Annual report of the Punjab Veterinary College and of the Civil Veterinary Department, Punjab - 1909-1919
Year: 1909
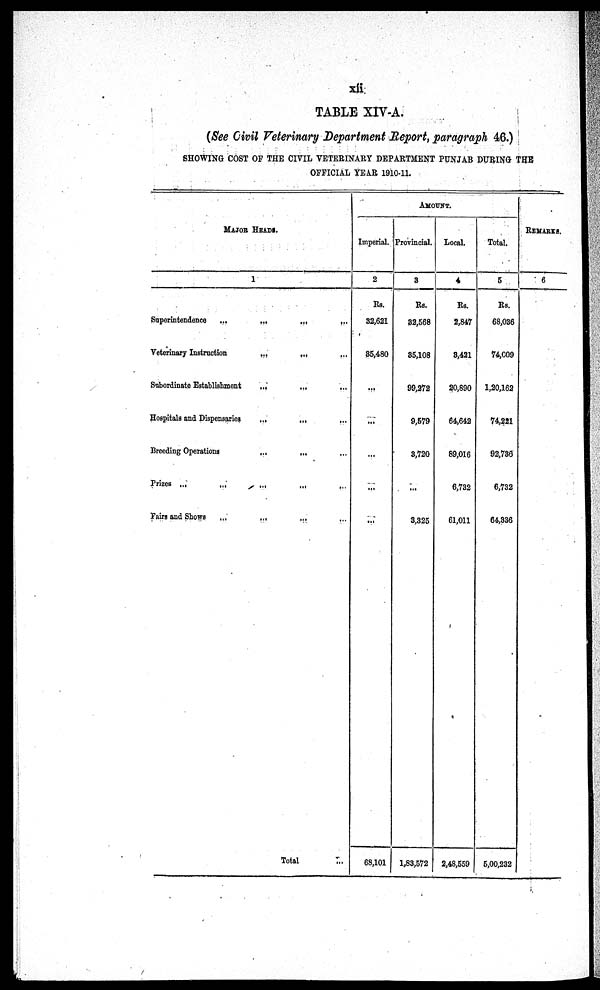
xii
TABLE XIV-A.
(See Civil Veterinary Department Report, paragraph 46.)
SHOWING COST OF THE CIVIL VETERINARY DEPARTMENT PUNJAB DURING THE
OFFICIAL YEAR 1910-11.
MAJOR HEADS.
1
Superintendence
...
...
...
...
Veterinary Instruction
...
...
Subordinate Establishment
...
...
Hospitals and Dispensaries
...
...
Breeding Operations
...
...
Prizes
...
...
...
...
...
Fairs and Shows
...
...
Total ...
AMOUNT.
Imperial.
2
Rs.
32,621
35,480
...
...
...
...
...
68,101
Provincial.
3
Rs.
32,568
35,108
99,272
9,579
3,720
...
3,325
1,83,572
Local.
4
Rs.
2,847
3,421
20,890
64,642
89,016
6,732
61,011
2,48,559
Total.
5
Rs.
68,036
74,009
1,20,162
74,221
92,736
6,732
64,336
5,00,232
REMARKS.
6